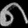
Digit: ၈